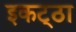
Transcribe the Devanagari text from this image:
इकट्‌ठा